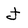
Character: j